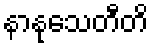
နာနုသေတီတိ